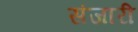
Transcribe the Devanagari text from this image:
संजारी